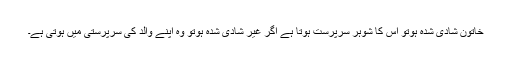
خاتون شادی شدہ ہوتو اس کا شوہر سرپرست ہوتا ہے اگر غیر شادی شدہ ہوتو وہ اپنے والد کی سرپرستی میں ہوتی ہے۔